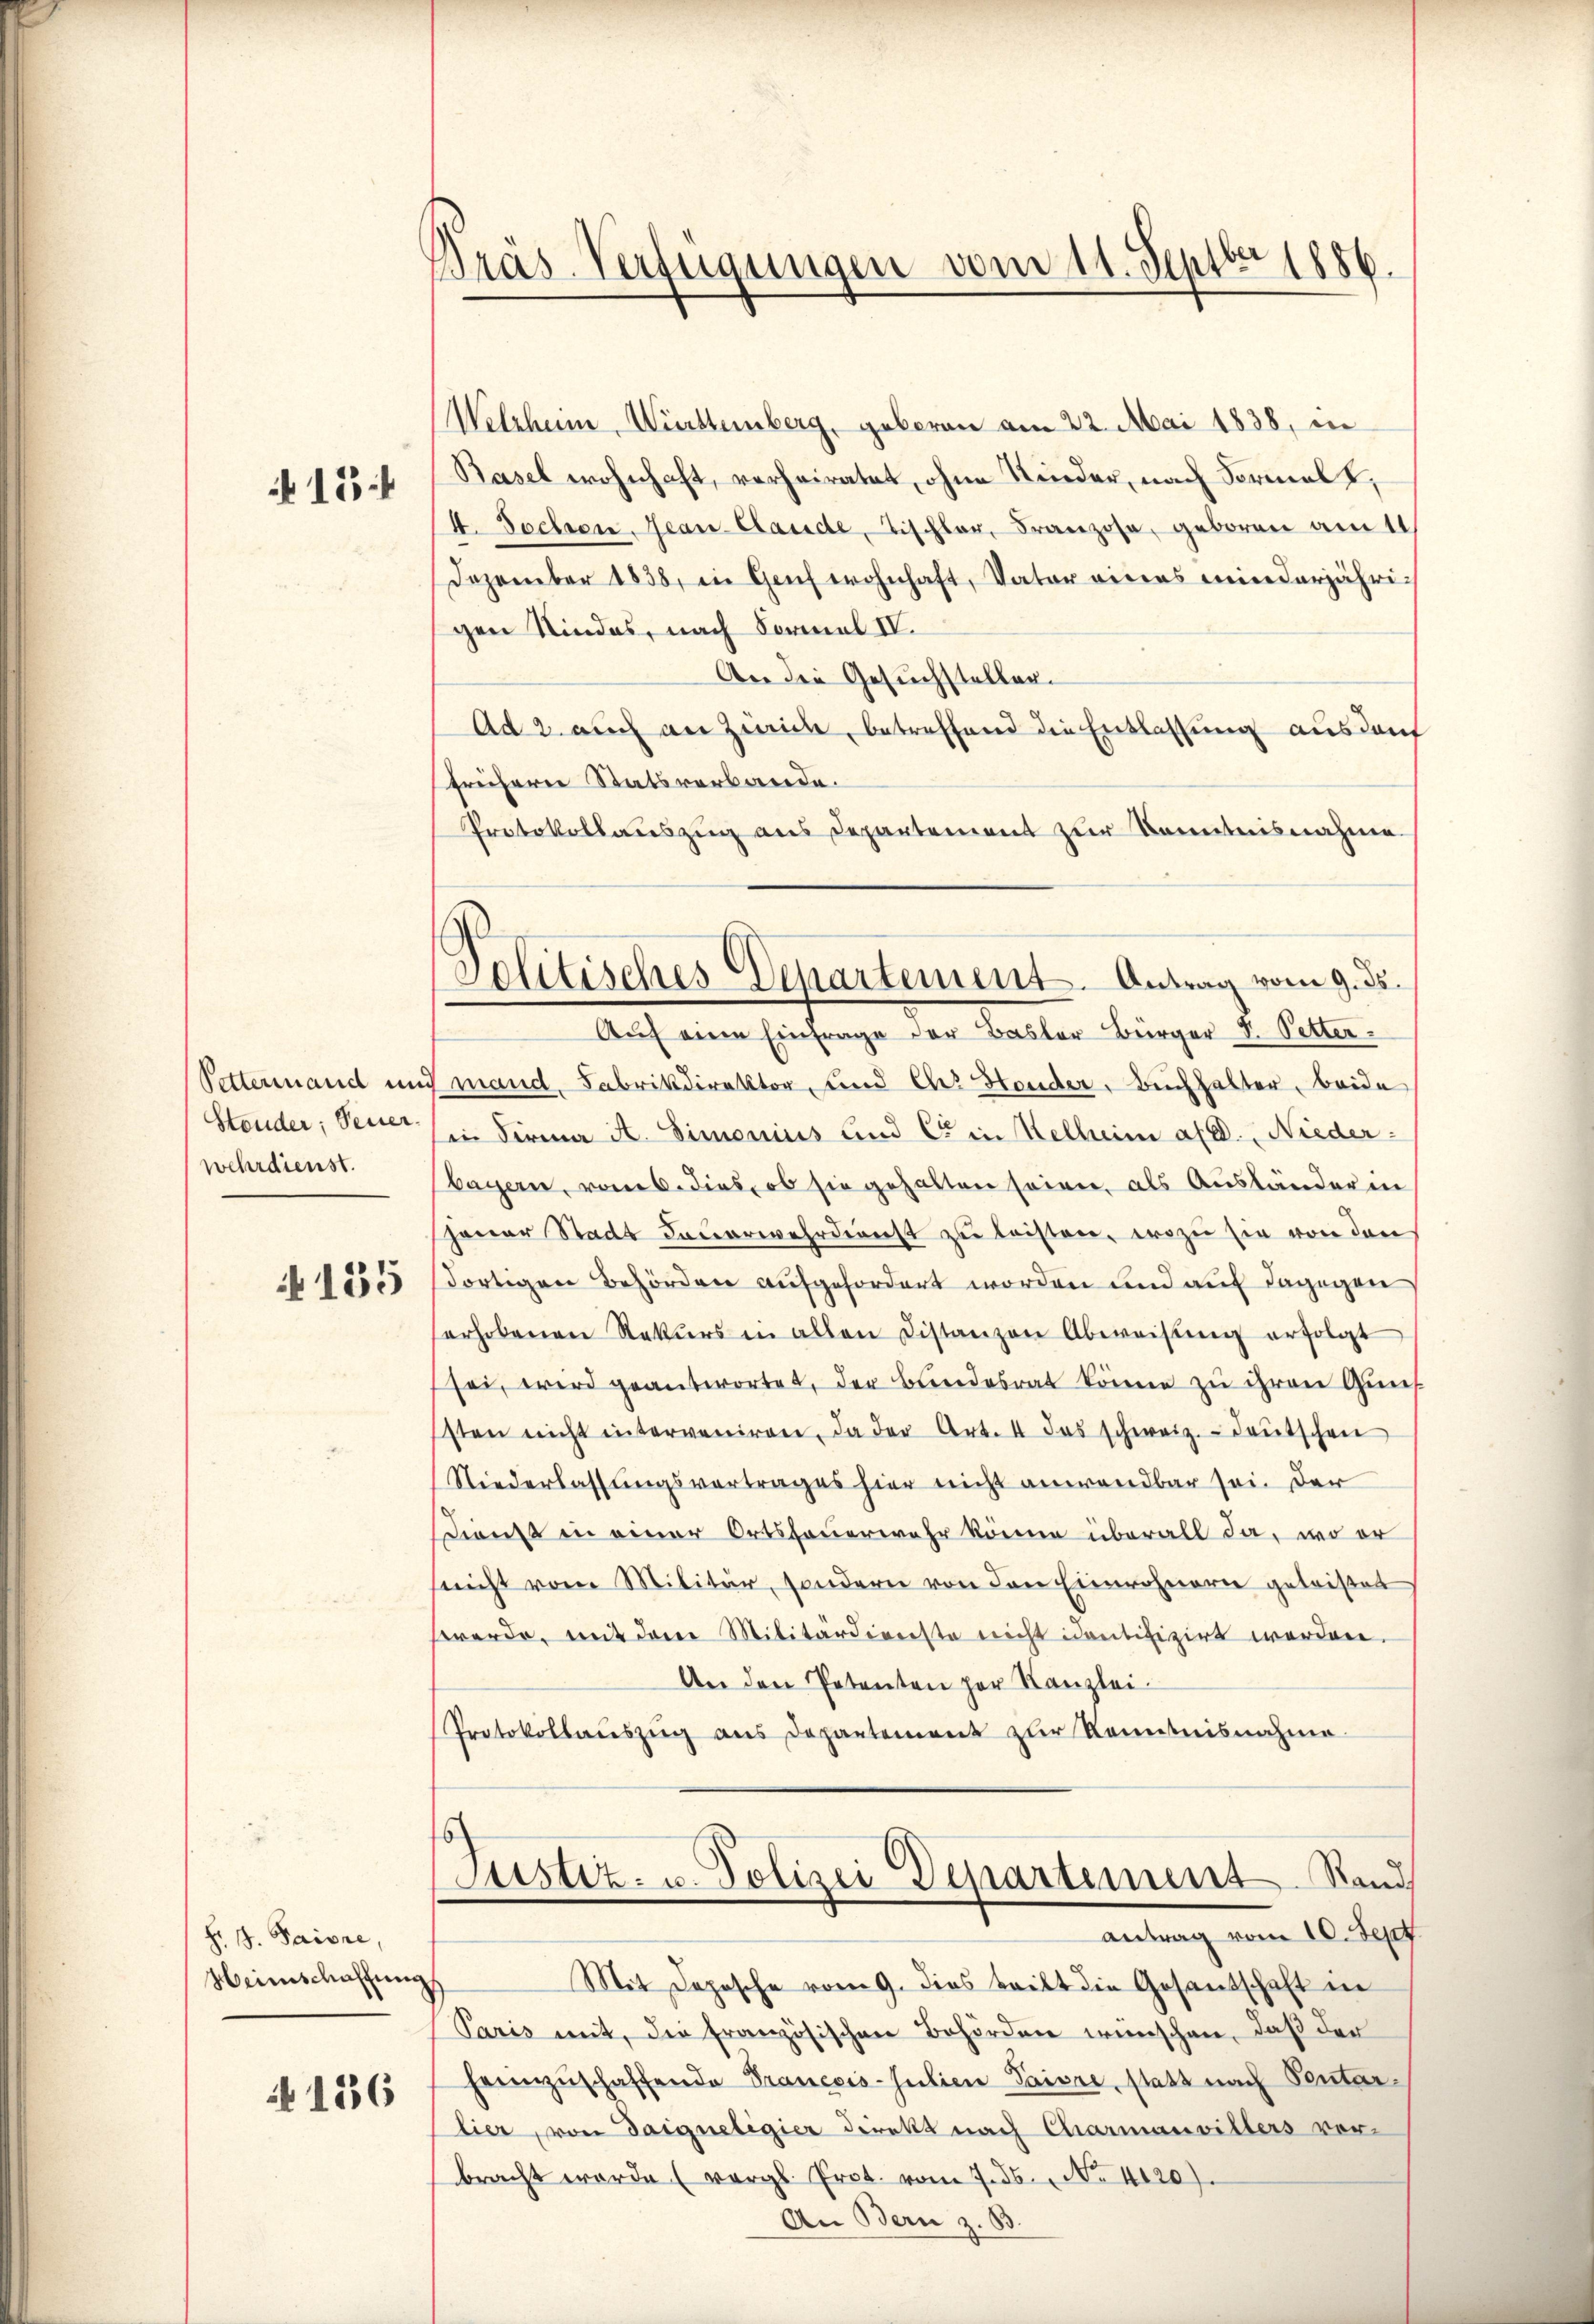
15.

Pettermand mi
wehrdienst.

135

H. B. Saisre,
Heimschaffung

N 136

Kräs-Verfügungen vom 11. Septbr 1886.

Solitisches Departement. Antrag vom 9. ds.
Aŭf eine Einfrage der Basler Bürger V. Petter

Welzheim, Württemberg, geboren am 22. Mai 1838, in
Basel wohnhaft, verheiratet, ohne Kinder, nach Formals,
4. Sechsen. Jean Claude, Tischler, Franzose, geboren am 11
Dezember 1838, in Genf wohnhaft, Vater eines minderjährigen Kindes, nach Formal IV.
An die Gesuchsteller¬
Ad 2. auch an Zürich, betreffend die Entlassung ausdauf
frühern Statsverbande.
Protokollauszug aus Departement zur Kenntnisnahme
mand, Fabrikdirektor, und Ch. Heuder, Buchhalter, beide
Stender; Peter (in Firma A. Simonius und Co in Kellein ald. Nieder:
bayern, vom 6. dies, ob sie gehalten seien, als Ausländer in
jener Stadt Feŭerwehrdienst zŭ leisten, wozu sie von den
dortigen Behörden aufgefordert worden und auf dagegen
erhobenen Rekŭrs in allen Distanzen Abweisŭng erfolgt
sei, wird geantwortet, der Bundesrat könne zu ihren Guns
sten nicht interveniren, da der Art. 4 das schweiz.- deutschen
Niederlassungsvertrages hier nicht anwendbar sei. Der
Dienst in einer Ortsfeuerwehr könne überall da, wo er
seicht vom Militär, sondern von den Einwohnern geleistet
werde, mit dene Militärdienste nicht identifizirt werden.
An den Petenten her Kanzlei-
Protokollauszug aus Departement zur Kenntnisnahme
Justiz- u. Polizei Departement Rand
antrag vom 10. Sept.
Mit Deposche vom 9. dies teilt die Gesantschaft in
Paris mit, die französischen Behörden wünschen, daß der
heimzuschaffende Prancois-Julien Paisre, statt nach Pentarlier, von Saigneligier direkt nach Charmanvillers vor-
bracht werde (vergl. Prot. vom 7. ds., No 4120).
An Bern z. B